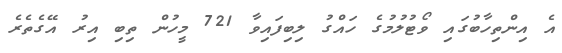
އެ އިންތިހާބުގައި ވޯޓުލުމުގެ ހައްގު ލިބިފައިވާ 721 މީހުން ތިބި އިރު އޭގެތެރެ